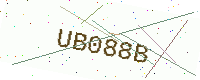
Text: UB088B